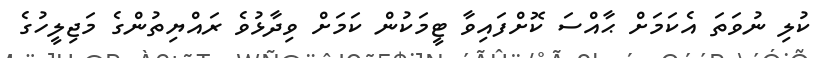
ކުލި ނުވަތަ އެކަމަށް ޙާއްސަ ކޮށްފައިވާ ޓީމަކުން ކަމަށް ވިދާޅުވެ ރައްޔިތުންގެ މަޖިލީހުގެ